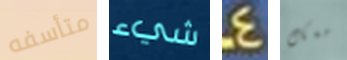
متأسفه شيء 4 معك